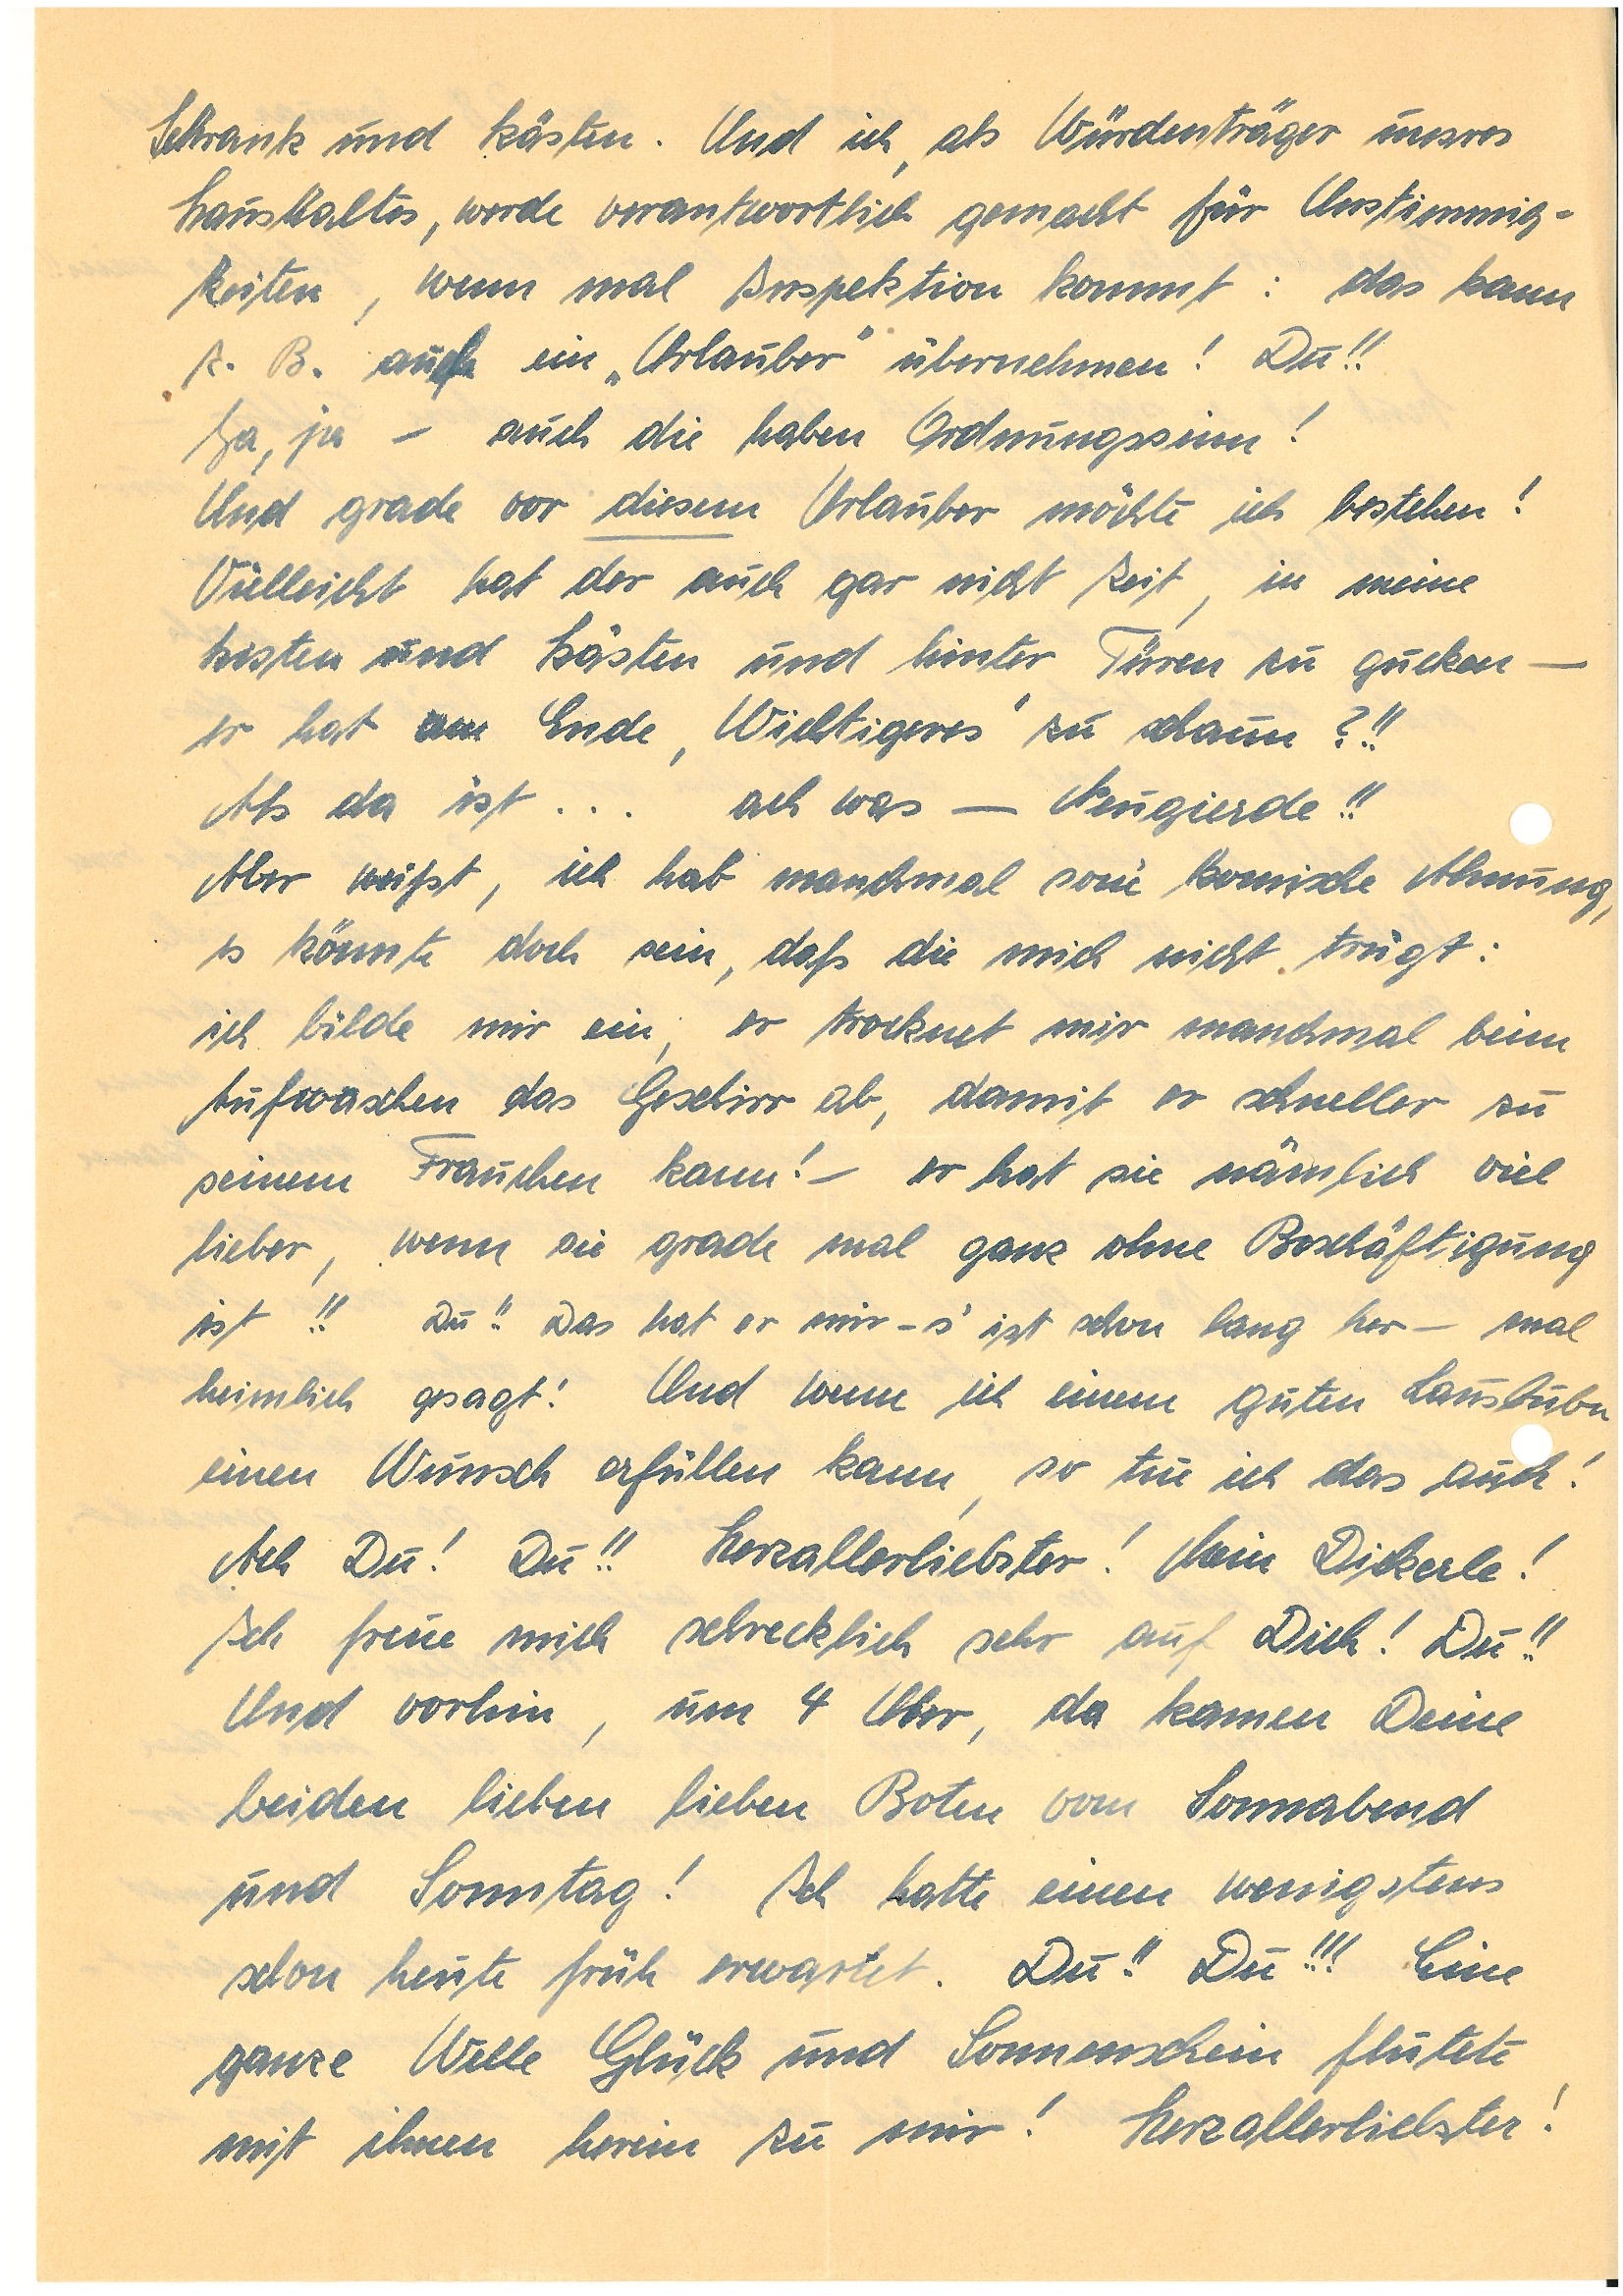
Schrank und Kästen. Und ich, als Würdenträger unsres
Haushaltes, werde verantwortlich gemacht für Unstimmig¬
keiten, wenn mal Inspektion kommt: das kann
z.B. auch ein „Urlauber“ übernehmen! Du!!
Ja, ja – auch die haben Ordnungssinn!
Und grade vor diesem Urlauber möchte ich bestehen!
Vielleicht hat der auch gar nicht Zeit, in meine
Kisten und Kästen und hinter Türen zu gucken –
er hat am Ende „Wichtigeres“ zu schaun?!!
Als da ist … ach was – Neugierde!!
Aber weißt, ich hab manchmal sone’ komische Ahnung,
es könnte doch sein, daß die mich nicht trügt:
ich bilde mir ein, er trocknet mir manchmal beim
Aufwaschen das Geschirr ab, damit er schneller zu
seinem Frauchen kann! – er hat sie nämlich viel
lieber, wenn sie grade mal ganz ohne Beschäftigung
ist!! Du!! Das hat er mir – s’ ist ist schon lang her – mal
heimlich gesagt! Und wenn ich einem guten Lausbubn
ein Wunsch erfüllen kann, so tue ich das auch!
Ach Du! Du!! Herzallerliebster! Mein Dickerle!
Ich freue mich schrecklich sehr auf Dich! Du!!
Und vorhin, um 4 Uhr, da kamen Deine
beiden lieben lieben Boten vom Sonnabend
und Sonntag! Ich hatte einen wenigstens
schon heute früh erwartet. Du!! Du!!! Eine
ganze Welle Glück und Sonnenschein flutete
mit ihnen herein zu mir! Herzallerliebster!